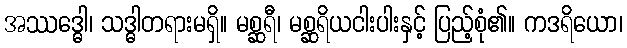
အဿဒ္ဓေါ၊ သဒ္ဓါတရားမရှိ။ မစ္ဆရီ၊ မစ္ဆရိယငါးပါးနှင့် ပြည့်စုံ၏။ ကဒရိယော၊